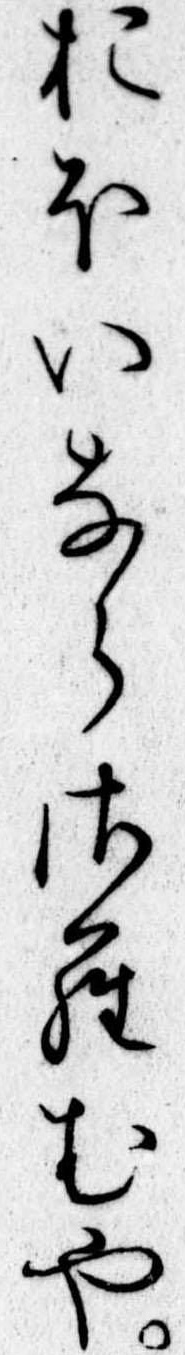
おほいならさらむや